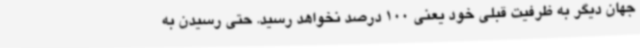
جهان دیگر به ظرفیت قبلی خود یعنی 100 درصد نخواهد رسید. حتی رسیدن به